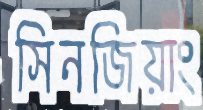
সিনজিয়াং